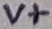
Text: V+